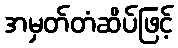
အမှတ်တံဆိပ်ဖြင့်